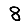
Digit: 8